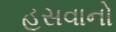
હસવાનો